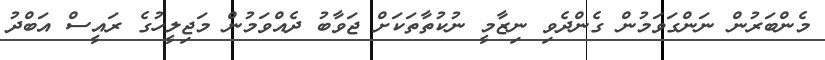
މެންބަރުން ނަންގަވަމުން ގެންދެވި ނިޒާމީ ނުކުތާތަކަށް ޖަވާބު ދެއްވަމުން މަޖިލީހުގެ ރައީސް އަބްދު